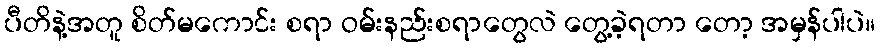
ပီတိနဲ့အတူ စိတ်မကောင်း စရာ ဝမ်းနည်းစရာတွေလဲ တွေ့ခဲ့ရတာ တော့ အမှန်ပါပဲ။